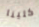
كلينا